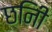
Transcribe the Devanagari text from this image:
छनिी